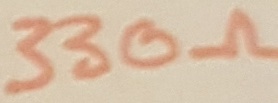
Text: 330Ω